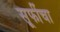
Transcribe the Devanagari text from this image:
सूफींचा